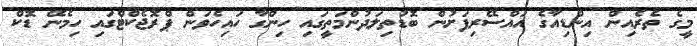
މީގެ ތެރެއިން އިންޑިއާގެ އައްސޭރިފަށުން ބޮޑުތިލަދުންމަތީގައި ހިންގާ ހައިހެވަން ޕްރޮޖެކްޓްގައި ހިމެނޭ ޑޮކް